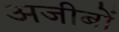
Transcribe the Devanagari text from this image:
अजीबों